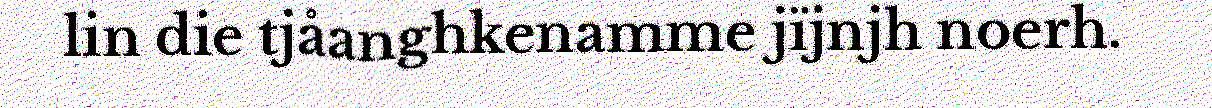
lin die tjåanghkenamme jïjnjh noerh.